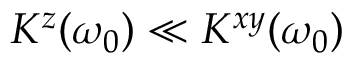
K ^ { z } ( \omega _ { 0 } ) \ll K ^ { x y } ( \omega _ { 0 } )